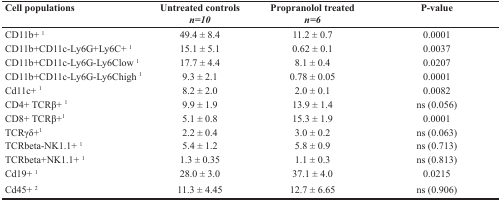
| Cell populations | Untreated controls n=10 | Propranolol treated n=6 | P-value |
 | --- | --- | --- | --- |
 | CD11b+ 1 | 49.4 ± 8.4 | 11.2 ± 0.7 | 0.0001 |
 | CD11b+CD11c-Ly6G+Ly6C+ 1 | 15.1 ± 5.1 | 0.62 ± 0.1 | 0.0037 |
 | CD11b+CD11c-Ly6G-Ly6Clow 1 | 17.7 ± 4.4 | 8.1 ± 0.4 | 0.0207 |
 | CD11b+CD11c-Ly6G-Ly6Chigh 1 | 9.3 ± 2.1 | 0.78 ± 0.05 | 0.0001 |
 | Cd11c+ 1 | 8.2 ± 2.0 | 2.0 ± 0.1 | 0.0082 |
 | CD4+ TCRβ+ 1 | 9.9 ± 1.9 | 13.9 ± 1.4 | ns (0.056) |
 | CD8+ TCRβ+1 | 5.1 ± 0.8 | 15.3 ± 1.9 | 0.0001 |
 | TCRγδ+1 | 2.2 ± 0.4 | 3.0 ± 0.2 | ns (0.063) |
 | TCRbeta-NK1.1+ 1 | 5.4 ± 1.2 | 5.8 ± 0.9 | ns (0.713) |
 | TCRbeta+NK1.1+ 1 | 1.3 ± 0.35 | 1.1 ± 0.3 | ns (0.813) |
 | Cd19+ 1 | 28.0 ± 3.0 | 37.1 ± 4.0 | 0.0215 |
 | Cd45+ 2 | 11.3 ± 4.45 | 12.7 ± 6.65 | ns (0.906) |